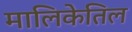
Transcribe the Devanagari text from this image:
मालिकेतिल